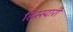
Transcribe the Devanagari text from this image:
हिस्स्दारी